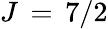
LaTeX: J\, =\, 7/2